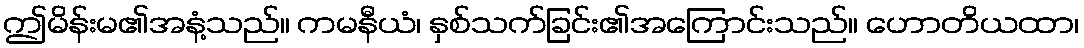
ဤမိန်းမ၏အနံ့သည်။ ကမနီယံ၊ နှစ်သက်ခြင်း၏အကြောင်းသည်။ ဟောတိယထာ၊